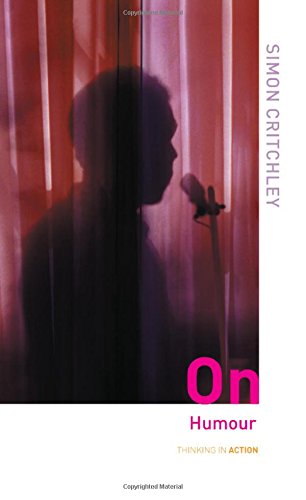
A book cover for On Humour (Thinking in Action); Simon Critchley; Politics & Social Sciences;